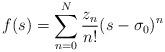
LaTeX: \begin{gather*}f(s)= \sum_{n=0}^{N} \frac{z_n}{n!} (s-\sigma_0)^n\end{gather*}